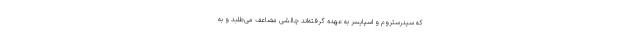
که سیدرستروم و اسپایسر به عهده گرفته‌اند چالشی مضاعف می‌طلبد و به